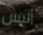
أليس